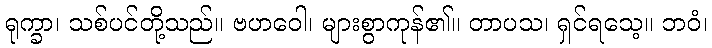
ရုက္ခာ၊ သစ်ပင်တို့သည်။ ဗဟဝေါ၊ များစွာကုန်၏။ တာပသ၊ ရှင်ရသေ့။ ဘဝံ၊